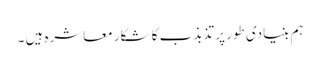
ہم بنیادی طور پر تذبذب کا شکار معاشرہ ہیں ۔